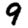
Digit: 9